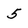
Character: 5